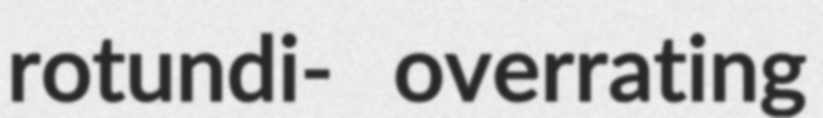
rotundi- overrating